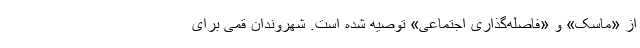
از «ماسک» و «فاصله‌گذاری اجتماعی» توصیه شده است. شهروندان قمی برای